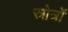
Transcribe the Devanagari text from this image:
स्रोत्रों